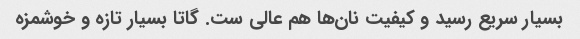
بسیار سریع رسید و کیفیت نان‌ها هم عالی ست. گاتا بسیار تازه و خوشمزه